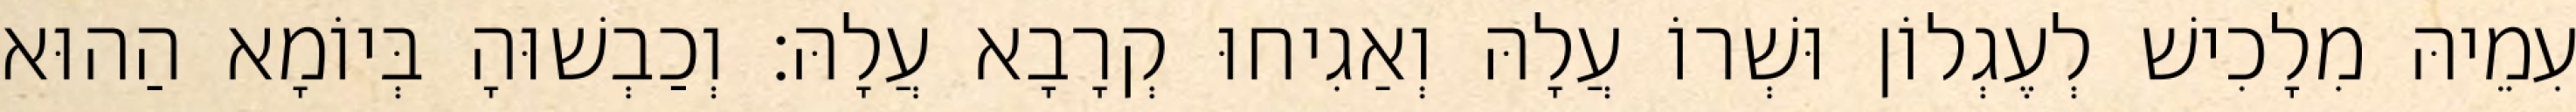
עִמֵיהּ מִלָכִישׁ לְעֶגְלוֹן וּשְׁרוֹ עֲלָהּ וְאַגִיחוּ קְרָבָא עֲלָהּ׃ וְכַבְשׁוּהָ בְּיוֹמָא הַהוּא